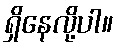
ရှိနေလို့ပါ။